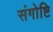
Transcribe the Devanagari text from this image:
संगोष्टि